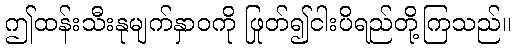
ဤထန်းသီးနုမျက်နှာဝကို ဖြုတ်၍ငါးပိရည်တို့ကြသည်။